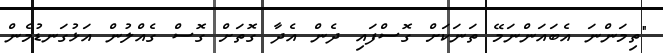
"ތިމަންނަ އެބައަންނަމޭ ތަނަކަށް ގޮސްފައި ދެން އެދާ ގޮތަށް ގޮސް ގެއްލުން އަޅުގަނޑުމެން